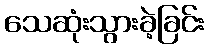
သေဆုံးသွားခဲ့ခြင်း